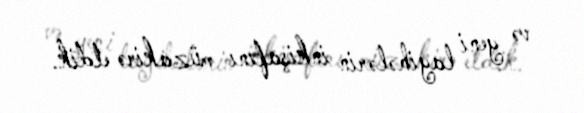
və yeni layihələrin inkişafını müzakirə etdik.